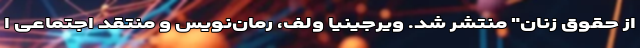
از حقوق زنان" منتشر شد. ویرجینیا ولف، رمان‌نویس و منتقد اجتماعی ا